Medical and sanitary report of the native army of Bengal for the year
Year: 1874
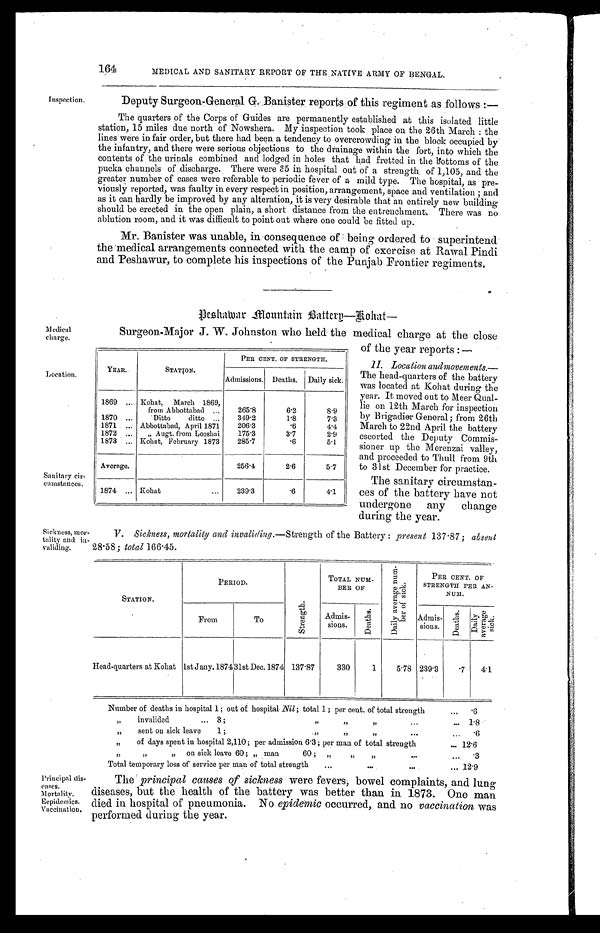
Inspection.
Medical
charge.
YEAR.
STATION.
PER CENT. OF STRENGTH.
Admissions. Deaths. Daily sick.
1869
Kohat, March 1869,
from Abbottabad
265. 8
6.2
8.9
1870
Ditto ditto
349.2
1. 8
7. 3
1871
Abbottabad, April 1871 206.3
.6
4.4
1872
" Augt. from Looshai 175.3
3. 7
2.9
1873
Kohat, February 1873 285. 7
.6
5.1
Average.
256. 4
2. 6
5.7
1874
Kohat
239.3
.6
4.1
Location.
Sanitary cir-
cumstances.
Sickness, mor
-tality and in
- v a l i d i n g .
Principal dis
-eases. Mortality.
Eepideimics.
Vaccination.
164
MEDICAL AND SANITARY REPORT OF THE NATIVE ARMY OF BENGAL.
Deputy Surgeon-General G. Banister reports : of this regiment as follows :—
The quarters of the Corps of Guides are permanently established at this isolated little
station, 15 miles due north of Nowshera. My inspection took place on the 26th March: the
lines were in fair order, but there had been a tendency to overcrowding in the block occupied by
the infantry, and there were serious objections to the drainage within the fort, into which the
contents of the urinals combined and lodged in holes that had fretted in the bottoms of the
pucka channels of discharge. There were 35 in hospital out of a strength. of 1,105, and the
greater number of cases were referable to periodic fever of . a mild type. The hospital, as pre
- v i o u s l y r e p o r t e d , w a s f a u l t y i n e v e r y r e s p e c t i n p o s i t i o n , a r r a n g e m e n t , s p a c e a n d v e n t i l a t i o n a n d
as it can hardly be improved by any alteration, it is very desirable that an entirely new building
should be erected in the open plain, a short distance from the entrenchment. There was no
ablution room, and it was difficult to point out where one could be fitted up.
Mr. Banister was unable, in consequence of being ordered to superintend
the medical arrangements connected with the camp of exercise at Rawal Pindi
and Peshawur, to complete his inspections of the Punjab Frontier regiments.
Peshawar Mountain Battery—Kohat—
Surgeon-Major J. W. Johnston who held the medical charge at the close
of the year reports:—
II. Location and movemen
ts.—
The head-quarters of the battery
was located at Kohat during the
year. It moved out to Meer Qual
- l i e o n 1 2 t h M a r c h f o r i n s p e c t i o n
by Brigadier General; from 26th
March to 22nd April the battery
escorted the Deputy Commis
- s i o n e r u p t h e M e r e n z a i v a l l e y ,
and proceeded to Thull from 9th
to 31st December for practice.
The sanitary circumstan
- c e s o f t h e b a t t e r y h a v e n o t
undergone any change
during the year.
V. Sickness, mortality and invaliding. —Strength of the Battery: present 137.87; absent
28.58; total 166.45.
STATION.
PERIOD.
S t r e n g t h
TOTAL NUM-
OF
D a i l y a v e r a g e n u m -
b e r o f S t r e n g t h .
PER CENT. OF
STRENGTH PER AN-
N U M .
From
To
Admis-
sions.
D e a t h s .
Admis-
sions.
D e a t h s .
D a i l y
a v e r a g e
s i c k .
Head-quarters at Kohat 1st Jany. 187431st Dec. 1874 137.87
330 1 5.78 239.3 .7 4.1
Number of deaths in hospital 1; out of hospital Nil; total 1; per cent. of total strength
. 6
" i n v a l i d e d 8 " " "
1 . 8
" s e n t o n s i c k l e a v e 1 ; " " "
. 6
" of days spent in hospital 2,110 ; per admission 6.3 ; per man of total strength 1 2 . 6
" " " o n s i c k l e a v e 6 0 ; " m a n 6 0 ; " " "
. 3
Total temporary loss of service per man of total strength
12.9
The principal causes of sickness were fevers, bowel complaints, and lung
diseases, but the health of the battery was better than in 1873. One man
died in hospital of pneumonia. No epidemic occurred, and no vaccination was
performed during the year.